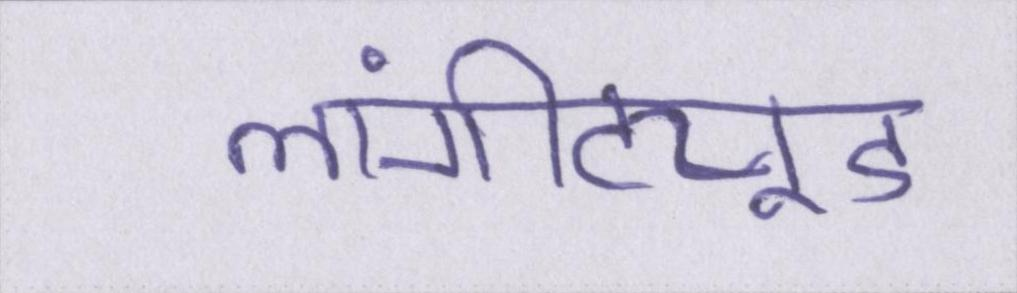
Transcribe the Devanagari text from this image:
लांगीट्यूड